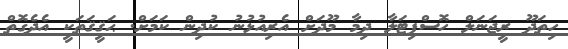
ހިތަދޫ ރީޖަނަލް ހޮސްޕިޓަލާ ދިމާ މޫދަށް އެރިއުޅުނު ކުދިން ކަމަށް. ޙަޤީޤަތަކީ އެދެގޮތް